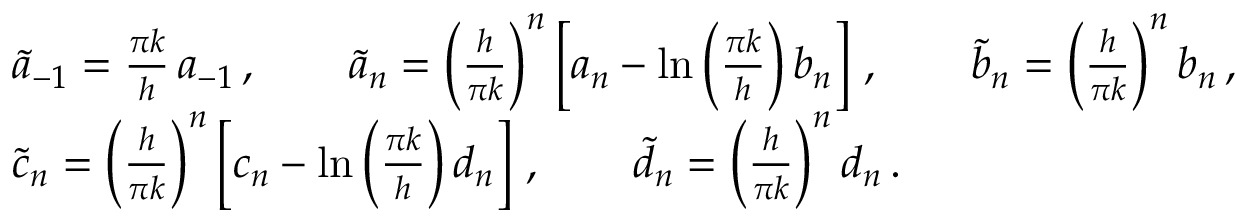
\begin{array} { r l } & { \widetilde a _ { - 1 } = \frac { \pi k } { h } \, a _ { - 1 } \, , \qquad \widetilde a _ { n } = \left( \frac { h } { \pi k } \right) ^ { n } \left[ a _ { n } - \ln \left( \frac { \pi k } { h } \right) b _ { n } \right] \, , \qquad \widetilde b _ { n } = \left( \frac { h } { \pi k } \right) ^ { n } b _ { n } \, , } \\ & { \widetilde c _ { n } = \left( \frac { h } { \pi k } \right) ^ { n } \left[ c _ { n } - \ln \left( \frac { \pi k } { h } \right) d _ { n } \right] \, , \qquad \widetilde d _ { n } = \left( \frac { h } { \pi k } \right) ^ { n } d _ { n } \, . } \end{array}